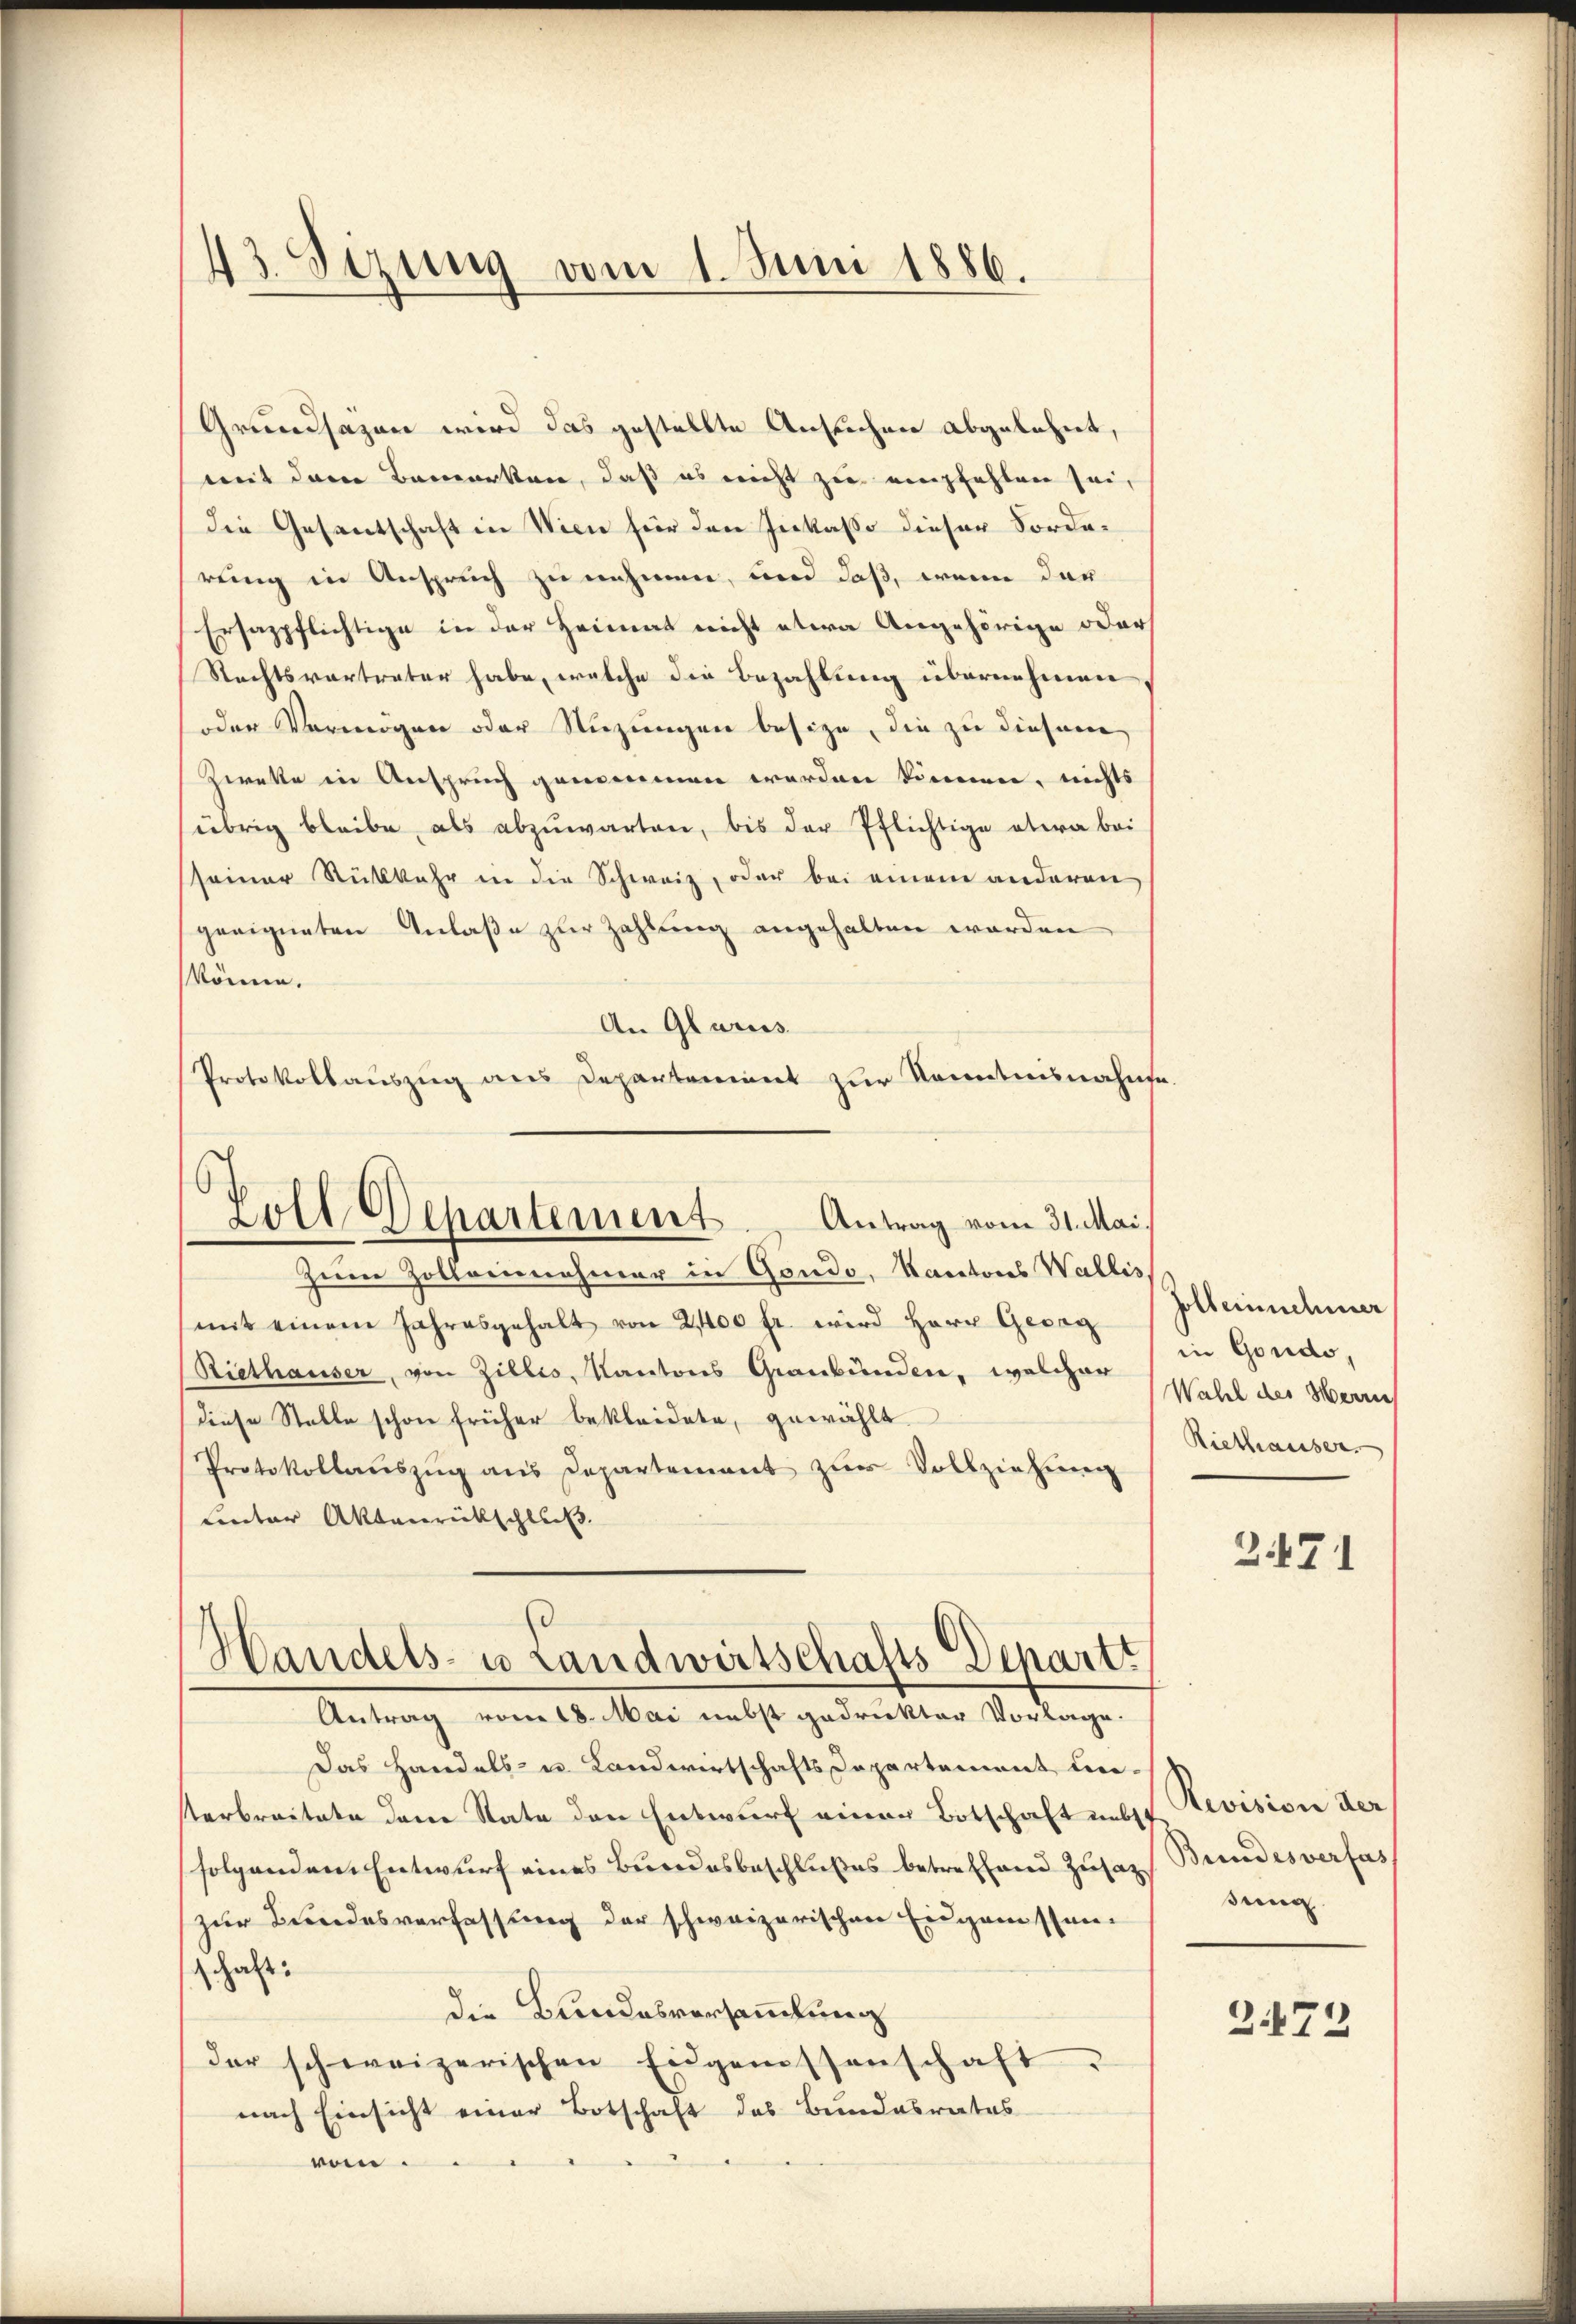
43. Sizung vom 1. Juni 1886.

An Glarus
Protokollauszug aus Departement zur Kenntnisnahme
Zoll Departement. Antrag vom 31. Mai.

Grundsazen wird das gestellte Ansuchen abgelehnt,
mit dem Bemerken, daß es nicht zu empfehlen sei,
die Gesantschaft in Wien für den Inkasse dieser Forderung in Anspruch zu nehmen, und daß, wenn der
Ersazpflichtige in der Heimat nicht etwa Angehörige oder
Rechtsvortreter habe, welche die Bezahlung übernehmen
oder Vermögen oder Sitzungen besize, die zu diesem
Zweke in Anspruch genommen worden können, nichts
übrig bleibe, als abzuwarten, bis der Pflichtige etwa bei
seiner Rückkehr in die Schweiz, oder bei einem anderen
geeigneten Anlaße zur Zahlung angehalten worden
könne.
Zum Zollornehmer in Gondo, Kantons Wallis
(mit einem Jahresgehalt von 2,400 fr. wird Herr Gesag
(Riethauser, von Zillis, Kantons Graubünden, welcher Wahl der Werne
diese Stelle schon früher bekleidete, gewählt.
Protokollaŭszŭg ans Departement zŭr Vollziehung
unter Aktenrückschluß.
Handels- u Landwirtschafts Departi
Antrag vom 18. Mai nebst gedrukter Vorlage.
Das Handels- u. Landwirtschaftsdepartement un-
sterbreitete dene Rate den Entwurf einer Botschaft nebst
folgenden Entwurf eines Bundesbeschlußes betreffend Zusatz,
zur Bundesverfassung der schweizerischen Eingamissanschaft:
die Bundesversammlung
der schweizerischen Eigenessenschaft
nach Einsicht einer Botschaft des Bundesrates
ven.

Goll einnehmer
in Gondo,
Riethauser

3471

Revision der,
Bundesverfas
sung.

3.473